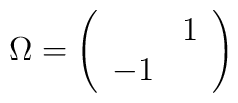
\Omega =\left( \begin{array}{cc} & 1\\-1 & \end{array}\right)